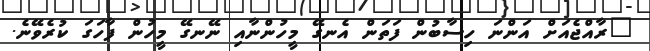
"ރާއްޖެއަށް އަންނަ ހިސާބުން ފަތަން އެނގޭ މީހުންނާއި ނޭނގޭ މީހުން ފާހަގަ ކުރެވޭނެ.